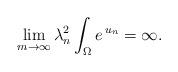
LaTeX: \begin{align*}\lim_{m\to \infty}\lambda^2_{n} \int_\Omega e^{\,u_{n}}=\infty.\end{align*}